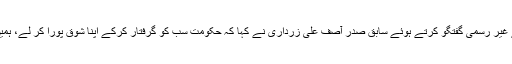
احتساب عدالت میں پیشی کے موقع پر صحافیوں سے غیر رسمی گفتگو کرتے ہوئے سابق صدر آصف علی زرداری نے کہا کہ حکومت سب کو گرفتار کرکے اپنا شوق پورا کر لے، ہمیں پروڈکشن آرڈرز کی بھی کوئی ضرورت نہیں ہے۔